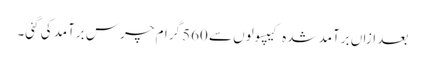
بعد ازاں برآمد شدہ کیپسولوں سے 560 گرام چرس برآمد کی گئی۔